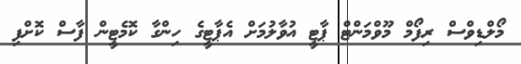
މޯލްޑިވްސް ރިފޯމް މޫވްމަންޓް ޕާޓީ އުވާލުމަށް އެޕާޓީގެ ހިންގާ ކޮމެޓީން ފާސް ކޮށްފި